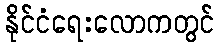
နိုင်ငံရေးလောကတွင်